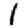
Digit: 1